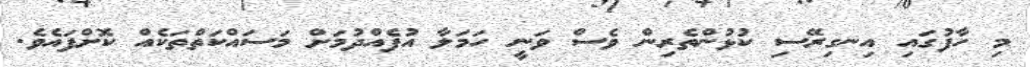
މި ހާފުގައި އިނގިރޭސި ކުޅުންތެރިން ވެސް ވަނީ ހަމަލާ އުފެއްދުމަށް މަސައްކަތްތަކެއް ކޮށްފައެވެ.